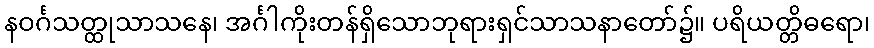
နဝင်္ဂသတ္ထုသာသနေ၊ အင်္ဂါကိုးတန်ရှိသောဘုရားရှင်သာသနာတော်၌။ ပရိယတ္တိဓရော၊